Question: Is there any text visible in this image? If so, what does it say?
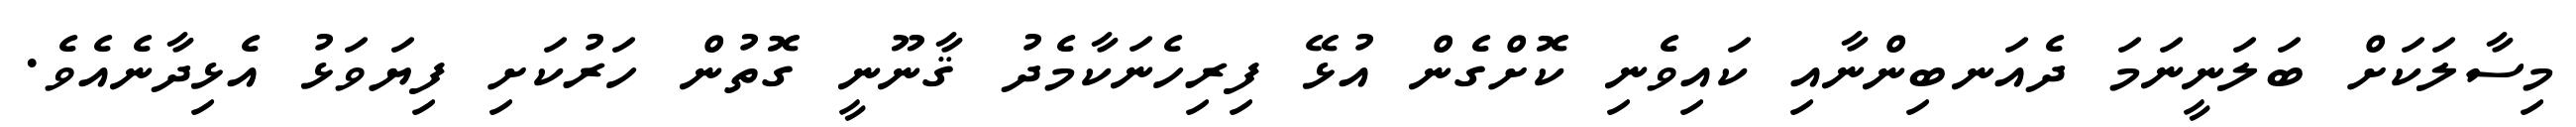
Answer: މިސާލަކަށް ބަލަނީނަމަ ދެއަނބިންނާއި ކައިވެނި ކޮށްގެން އުޅޭ ފިރިހެނަކާމެދު ޤާނޫނީ ގޮތުން ހަރުކަށި ފިޔަވަޅު އެޅިދާނެއެވެ.